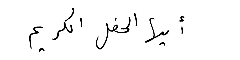
أيها الحفل الكريم